Leaving Certificate Examination, 1904
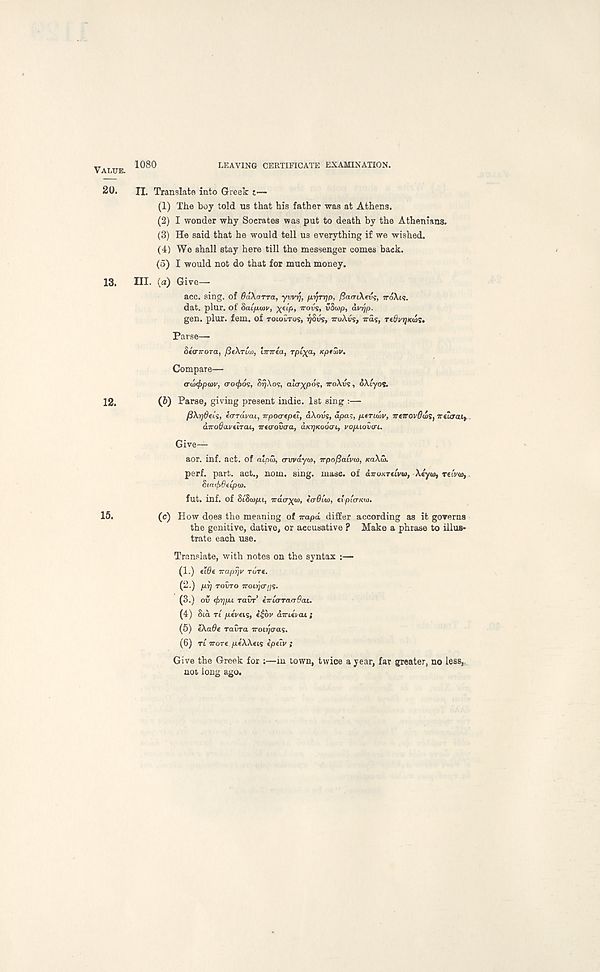
VALUE.
1080
LEAVING CERTIFICATE EXAMINATION.
20.
II. Translate into Greek i—
(1) The boy told us that his father was at Athens.
(2) I wonder why Socrates was put to death by the Athenians.
(3) He said that he would tell us everything if we wished.
(4) We shall stay here till the messenger comes back.
(5) I would not do that for much money.
13. HI. (a) Give—
acc. sing, of BaXarra, yvvq, fir/rrjp, jSatriXevs, iro\i$.
dat. plur. of Bai/Jutiv,
WOVS, vScop, avrjp.
gen. plur. fern, of TOIOVTOS, lySils, TTUXVS, was, TtOvrjKais,
Parse—
Sta-TTOTa, fieXTLd), Imria, Tpixa, Kpfwv.
Compare—
ardxfrpwv, <jo<f>6<;, S-iJAos, aia^pos, TTOAVS, oAtyos.
12.
(i) Parse, giving present indie. 1st sing :—
fi\r)decs, eo-Ttivcu, irpoatpti, dAoiis, apa~, ptnuiv, varovOuiSy ireZcrai,
airodaveiTai, irtaovaa, aK-qnoocri, vofjuovcri.
Give—
aor. inf. act. of alpH, eruvdyo), irpofSatva), KCIXUI.
perf. part, act., nom. sing. mase. of aTroKTtivu, Xeyai, TCLM,
$in.d>6tCpo).
fut. inf. of StSojpt. Trdcr^o), tcrOio), evpio-Kw.
15.
(c) How does the meaning of wapd differ according as it governs
the genitive, dative, or accusative ? Make a phrase to illus-
trate each use.
Translate, with notes on the syntax :—
(1.) cidt Traprjv rare.
(2.) pr] TOVTO TTOLyCr/S.
(3.) ov <f>r]pu ravr’ eiria-Taadai.
(4) Std rt peVeis, i£bi' airievai;
(5) eXaOe ravra iroiT/cras.
(6) TL wore peWeis ipeiv ;
Give the Greek for :—in town, twice a year, far greater, no less,,
not long ago.